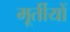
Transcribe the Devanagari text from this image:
मूर्तीयों